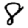
Digit: 8